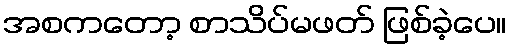
အစကတော့ စာသိပ်မဖတ် ဖြစ်ခဲ့ပေ။